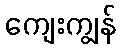
ကျေးကျွန်